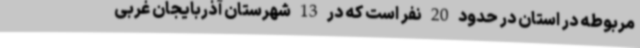
مربوطه در استان در حدود 20 نفر است که در 13 شهرستان آذربایجان غربی